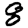
Digit: 8